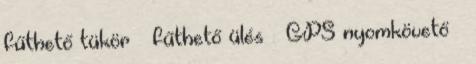
fűthető tükör – fűthető ülés – GPS nyomkövető –